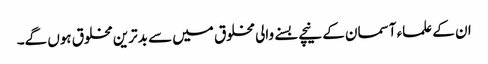
ان کے علماء آسمان کے نیچے بسنے والی مخلوق میں سے بدترین مخلوق ہوں گے۔